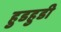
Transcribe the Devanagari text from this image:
हुडहुडी